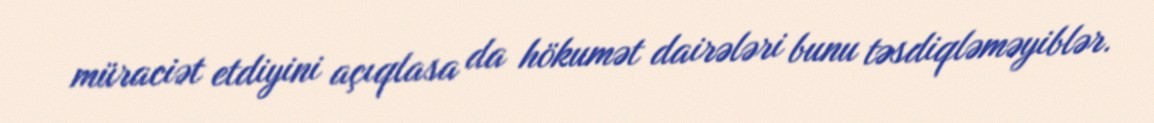
müraciət etdiyini açıqlasa da hökumət dairələri bunu təsdiqləməyiblər.